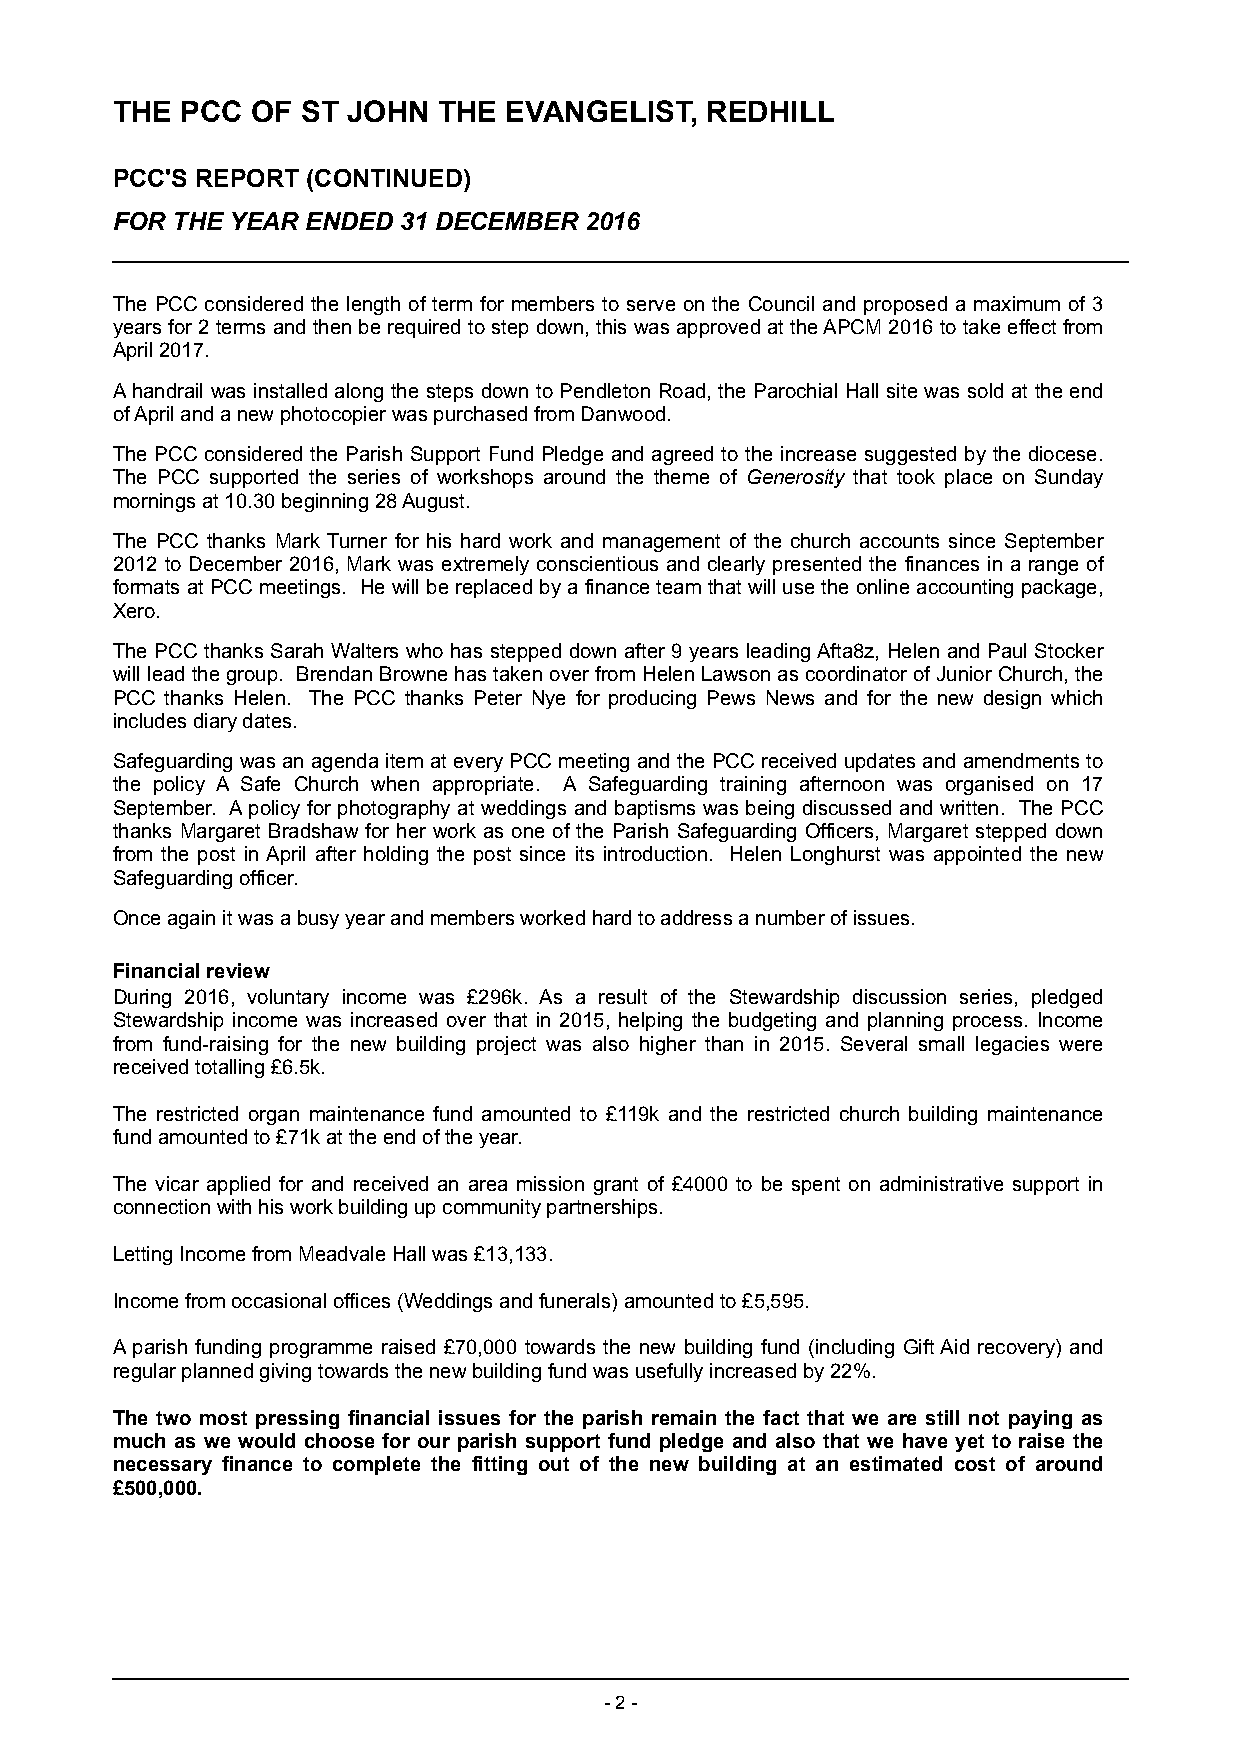
THE  PCC  OF ST JOHN  THE EVANGELIST,   REDHILL
 PCC'S REPORT (CONTINUED)
 FOR THE YEAR ENDED 31 DECEMBER  2016
 The PCC considered the length of term for members to serve on the Council and proposed a maximum of 3
 years for 2 terms and then be required to step down, this was approved at the APCM 2016 to take effect from
 April 2017.
 A handrail was installed along the steps down to Pendleton Road, the Parochial Hall site was sold at the end
 of April and a new photocopier was purchased from Danwood.
 The PCC considered the Parish Support Fund Pledge and agreed to the increase suggested by the diocese.
 The PCC supported the series of workshops around the theme of G enerosity that took place on Sunday
 mornings at 10.30 beginning 28 August.
 The PCC thanks Mark Turner for his hard work and management of the church accounts since September
 2012 to December 2016, Mark was extremely conscientious and clearly presented the finances in a range of
 formats at PCC meetings. He will be replaced by a finance team that will use the online accounting package,
 Xero.
 The PCC thanks Sarah Walters who has stepped down after 9 years leading Afta8z, Helen and Paul Stocker
 will lead the group. Brendan Browne has taken over from Helen Lawson as coordinator of Junior Church, the
 PCC thanks Helen. The PCC thanks Peter Nye for producing Pews News and for the new design which
 includes diary dates.
 Safeguarding was an agenda item at every PCC meeting and the PCC received updates and amendments to
 the policy A Safe Church when appropriate. A Safeguarding training afternoon was organised on 17
 September. A policy for photography at weddings and baptisms was being discussed and written. The PCC
 thanks Margaret Bradshaw for her work as one of the Parish Safeguarding Officers, Margaret stepped down
 from the post in April after holding the post since its introduction. Helen Longhurst was appointed the new
 Safeguarding officer.
 Once again it was a busy year and members worked hard to address a number of issues.
 Financial review
 During 2016, voluntary income was £296k. As a result of the Stewardship discussion series, pledged
 Stewardship income was increased over that in 2015, helping the budgeting and planning process. Income
 from fund-raising for the new building project was also higher than in 2015. Several small legacies were
 received totalling £6.5k.
 The restricted organ maintenance fund amounted to £119k and the restricted church building maintenance
 fund amounted to £71k at the end of the year.
 The vicar applied for and received an area mission grant of £4000 to be spent on administrative support in
 connection with his work building up community partnerships.
 Letting Income from Meadvale Hall was £13,133.
 Income from occasional offices (Weddings and funerals) amounted to £5,595.
 A parish funding programme raised £70,000 towards the new building fund (including Gift Aid recovery) and
 regular planned giving towards the new building fund was usefully increased by 22%.
 The two most pressing financial issues for the parish remain the fact that we are still not paying as
 much as we would choose for our parish support fund pledge and also that we have yet to raise the
 necessary finance to complete the fitting out of the new building at an estimated cost of around
 £500,000.
 - 2 -